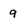
Character: 9